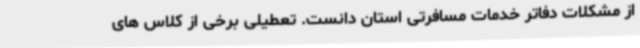
از مشکلات دفاتر خدمات مسافرتی استان دانست. تعطیلی برخی از کلاس های